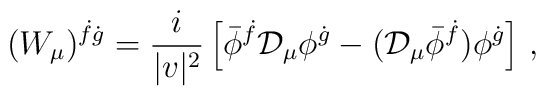
(W_\mu)^{\dot f\dot g}=\frac{i}{|v|^2}\left[\bar \phi^{\dot f} {\cal D}_\mu\phi^{\dot g} - ({\cal D}_\mu\bar \phi^{\dot f})\phi^{\dot g}\right]\, ,